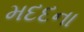
મદદના